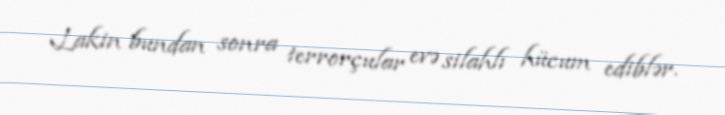
Lakin bundan sonra terrorçular evə silahlı hücum ediblər.